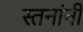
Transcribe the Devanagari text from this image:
स्तनांनी